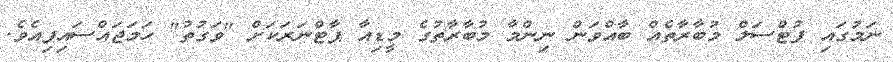
ނަމުގައި ފުޓްސަލް މުބާރާތެއް ބާއްވަން ނިންމާ މުބާރާތުގެ މީޑިއާ ޕާޓްނަރަކަށް "ވަގުތު" ހަމަޖައްސައިފިއެވެ.